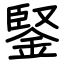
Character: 鋻